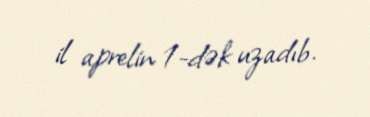
il aprelin 1-dək uzadıb.